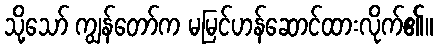
သို့သော် ကျွန်တော်က မမြင်ဟန်ဆောင်ထားလိုက်၏။